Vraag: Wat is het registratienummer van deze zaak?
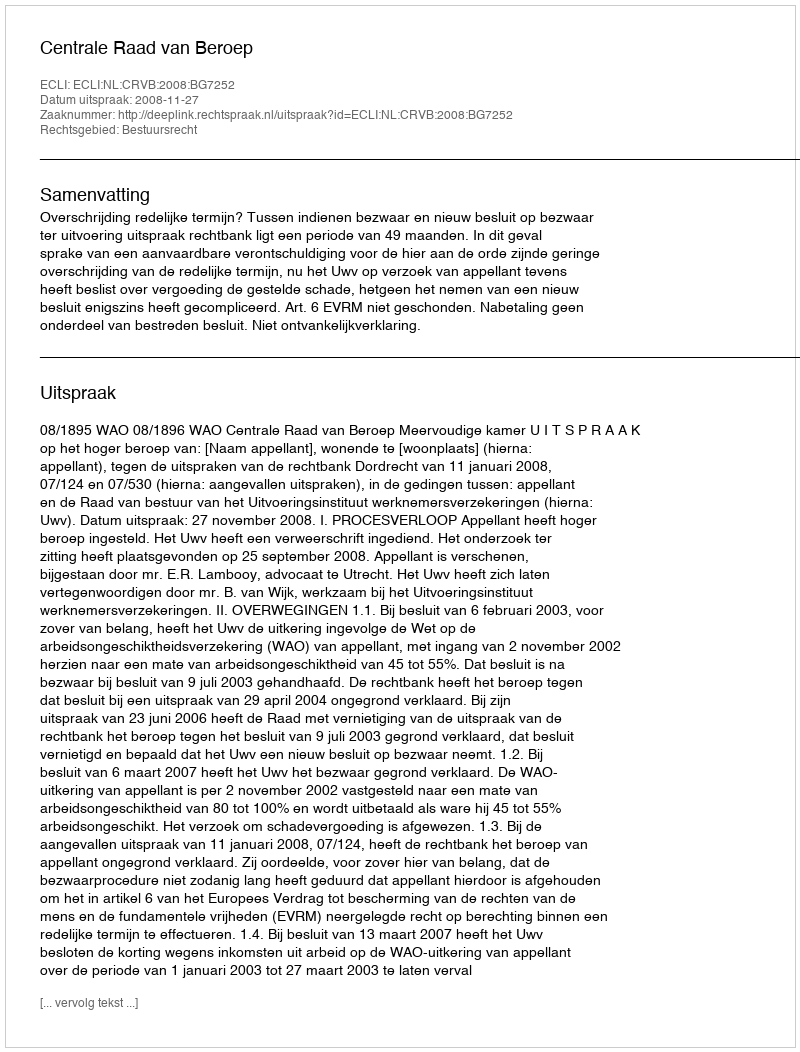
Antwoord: http://deeplink.rechtspraak.nl/uitspraak?id=ECLI:NL:CRVB:2008:BG7252